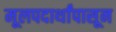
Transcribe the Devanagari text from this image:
मूलपदार्थांपासून